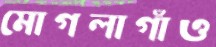
মোগলাগাঁও